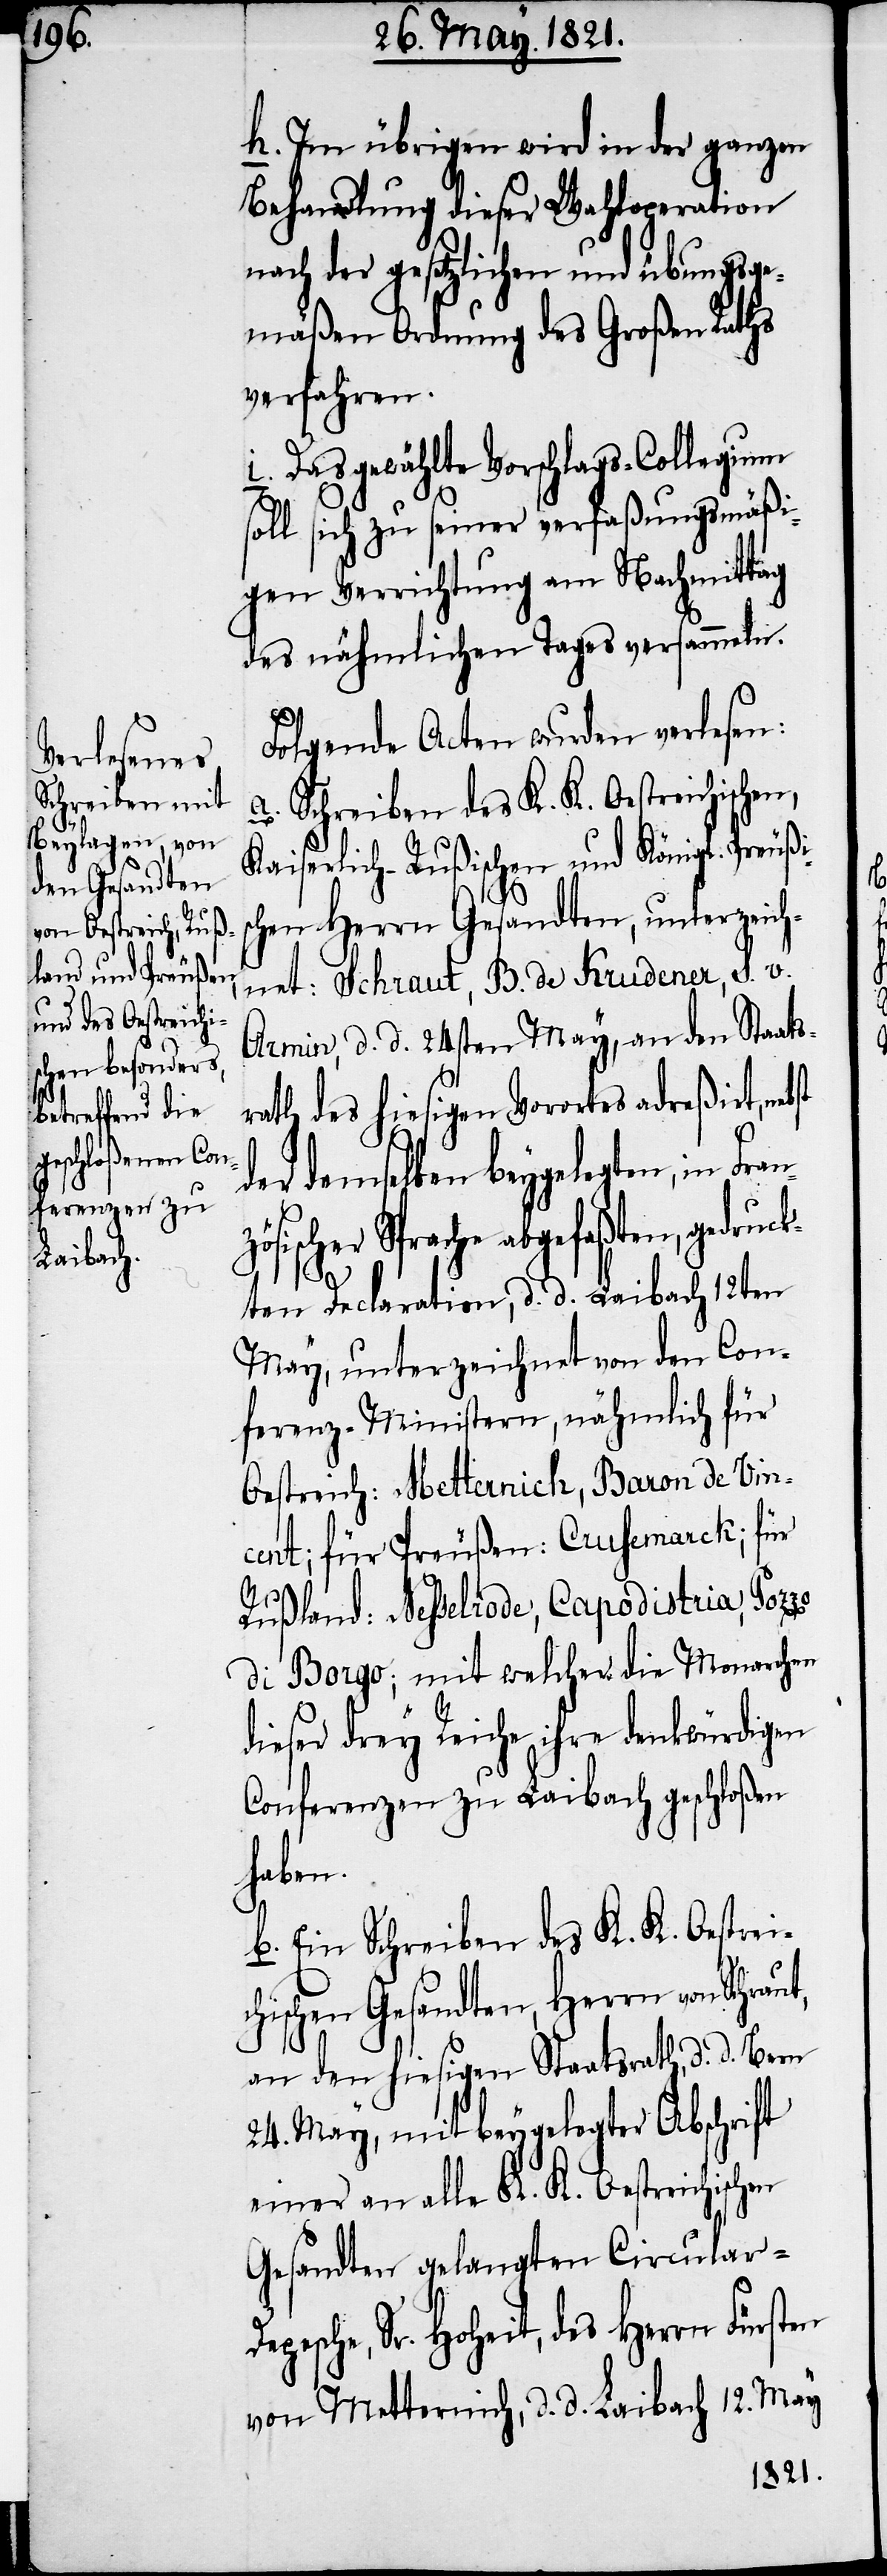
h. Im übrigen wird in der ganzen
Behandlung dieser Wahloperation
nach der gesetzlichen und übungsge¬
mäßen Ordnung des Großen Raths
verfahren.
i. Das gewählte Vorschlags-Collegium
soll sich zu seiner verfaßungsmäßi¬
gen Verrichtung am Nachmittag
des nähmlichen Tages versammeln.
Folgende Acten wurden verlesen:
a. Schreiben des K. K. Oestreichischen,
Kaiserlich-Rußischen und Königl. Preußi¬
ut,
chen Herrn Gesandten, unterzeich¬
net: Schraut, B. de Krudener, S. v.
Armin, d. d. 24sten May, an den Staats¬
rath des hiesigen Vorortes adreßirt, nebst
der demselben beygelegten, in
Sprache abgefaßten, gedru¬
ckten Declaration, d. d. Laibach 12ten
May, unterzeichnet von den Con¬
ferenz-Ministern, nähmlich für
Oestreich: Metternich, Baron de Vin¬
cent; für Preußen: Crusemarck; für
Rußland: Nesselrode, Capodistria, Pozzo
di Borgo; mit welcher die Monarchen
dieser drey Reiche ihre denkwürdigen
Conferenzen zu Laibach geschloßen
schen
b. Ein Schreiben des K. K. Oestreic¬
hischen Gesandten, Herrn von Schra¬
an den hiesigen Staatsrath, d. d. Bern
24. May, mit beygelegter Abschrift
einer an alle K. K. Oestreichi¬
Gesandten gelangten Circular-D¬
epesche, Sr. Hoheit, des Herrn Fürsten
von Metternich, d. d. Laibach 12. May